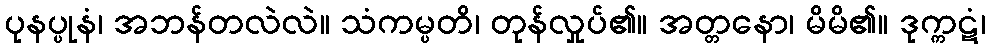
ပုနပ္ပုနံ၊ အဘန်တလဲလဲ။ သံကမ္ပတိ၊ တုန်လှုပ်၏။ အတ္တနော၊ မိမိ၏။ ဒုက္ကဋံ၊